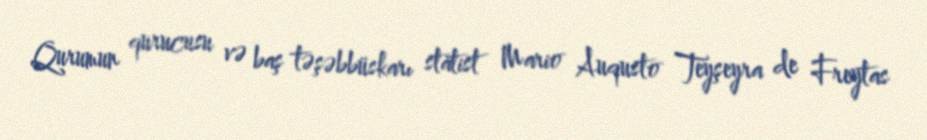
Qurumun qurucusu və baş təşəbbüskarı statist Mario Auqusto Teyşeyra de Freytas